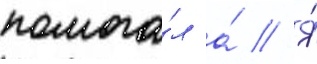
помога́л а́ // Я́